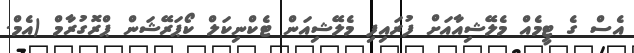
އެސް ގެ ޓީމެއް މެލޭޝިއާއަށް ފުރައިފި މެލޭޝިއަން ޓެކްނިކަލް ކޯޕަރޭޝަން ޕްރޮގުރާމް (އެމް.